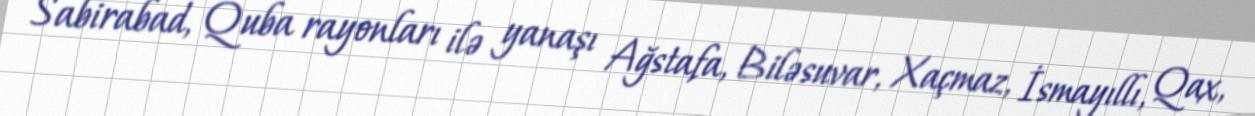
Sabirabad, Quba rayonları ilə yanaşı Ağstafa, Biləsuvar, Xaçmaz, İsmayıllı, Qax,